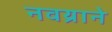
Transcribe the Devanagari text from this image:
नवय्राने